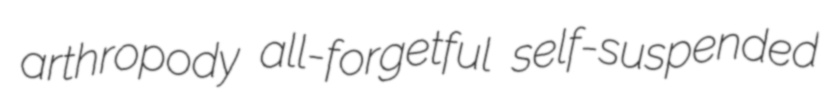
arthropody all-forgetful self-suspended